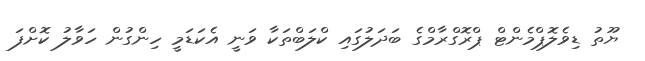
ޔޫތު ޑިވެލޮޕްމެންޓް ޕްރޮގްރާމްގެ ބަދަލުގައި ކްލަބްތަކާ ވަނީ އެކަޑަމީ ހިންގުން ހަވާލު ކޮށްފަ